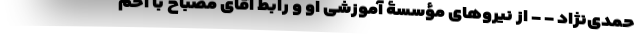
حمدی‌نژاد - - از نیروهای مؤسسۀ آموزشی او و رابط آقای مصباح با احم